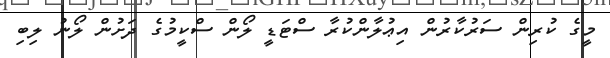
މީގެ ކުރިން ސަރުކާރުން އިޢުލާންކުރާ ސްޓަޑީ ލޯން ސްކީމުގެ ދަށުން ލޯނު ލިބި